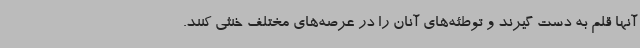
آنها قلم به دست گیرند و توطئه‌های آنان را در عرصه‌های مختلف خنثی کنند.